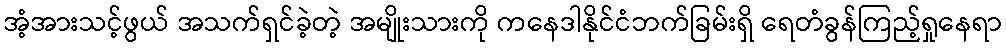
အံ့အားသင့်ဖွယ် အသက်ရှင်ခဲ့တဲ့ အမျိုးသားကို ကနေဒါနိုင်ငံဘက်ခြမ်းရှိ ရေတံခွန်ကြည့်ရှုနေရာ